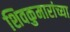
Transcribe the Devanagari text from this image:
शिवकुमारांच्या